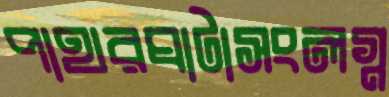
পাথরঘাটাসংলগ্ন